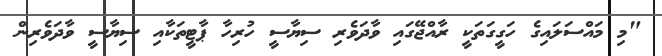
"މި މައްސަލައިގެ ހަގީގަތަކީ ރާއްޖޭގައި ވާދަވެރި ސިޔާސީ ހުރިހާ ޕާޓީތަކާއި ސިޔާސީ ވާދަވެރިން